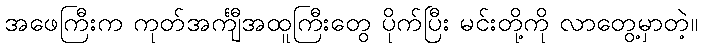
အဖေကြီးက ကုတ်အင်္ကျီအထူကြီးတွေ ပိုက်ပြီး မင်းတို့ကို လာတွေ့မှာတဲ့။